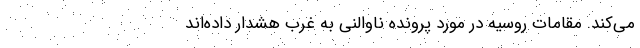
می‌کند. مقامات روسیه در مورد پرونده ناوالنی به غرب هشدار داده‌اند